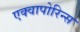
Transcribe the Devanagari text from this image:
एक्वापोरिन्स